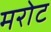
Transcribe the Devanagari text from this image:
मरोट